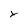
Character: y